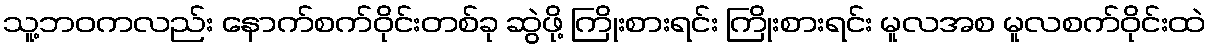
သူ့ဘဝကလည်း နောက်စက်ဝိုင်းတစ်ခု ဆွဲဖို့ ကြိုးစားရင်း ကြိုးစားရင်း မူလအစ မူလစက်ဝိုင်းထဲ